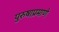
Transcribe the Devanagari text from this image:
पुरुषाप्रमाणे